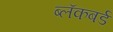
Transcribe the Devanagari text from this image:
ब्लॅकबर्ड